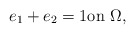
\begin{align*} e_1+e_2=1\mbox{on}\,\,\Omega,\end{align*}